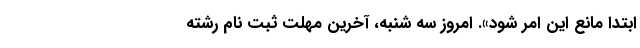
ابتدا مانع این امر شود». امروز سه شنبه، آخرین مهلت ثبت ‌نام رشته‌